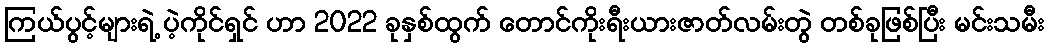
ကြယ်ပွင့်များရဲ့ ပဲ့ကိုင်ရှင် ဟာ 2022 ခုနှစ်ထွက် တောင်ကိုးရီးယားဇာတ်လမ်းတွဲ တစ်ခုဖြစ်ပြီး မင်းသမီး